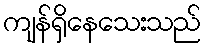
ကျန်ရှိနေသေးသည်